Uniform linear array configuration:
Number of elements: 4
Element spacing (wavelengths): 0.75
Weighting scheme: binomial
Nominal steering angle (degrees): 15
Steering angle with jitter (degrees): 16.825
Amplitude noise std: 0.05
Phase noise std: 0.05

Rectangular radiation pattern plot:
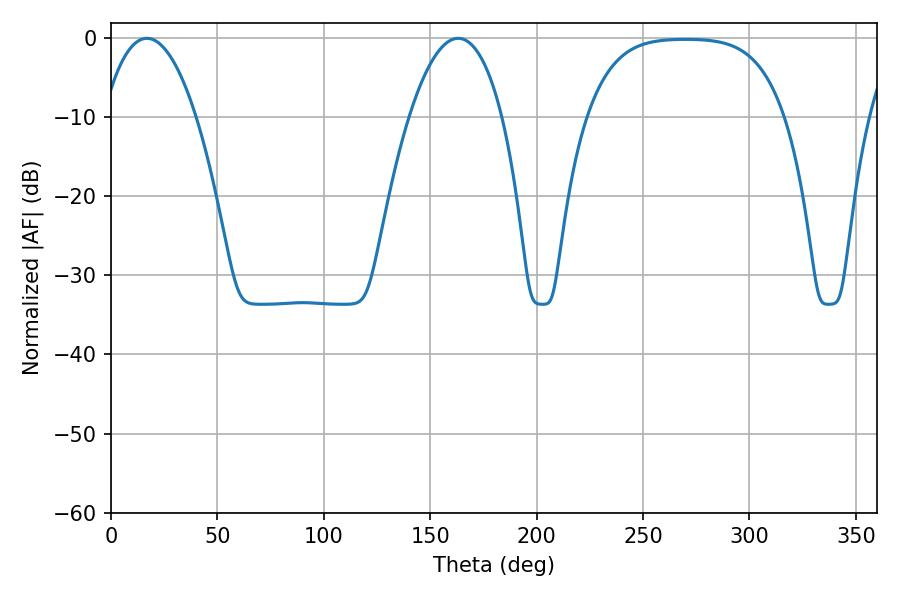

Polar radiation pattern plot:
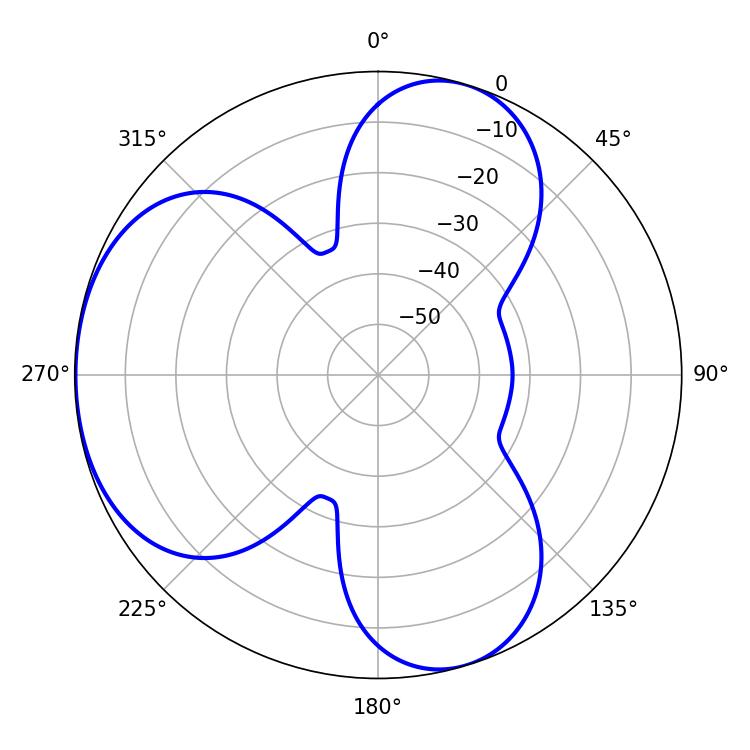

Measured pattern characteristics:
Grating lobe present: TRUE
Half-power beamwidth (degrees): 24.3
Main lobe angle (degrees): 16.92